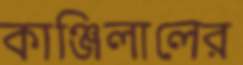
কাঞ্জিলালের